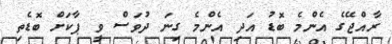
ރާއްޖޭގެ އެންމެ ބޮޑު އަދި އެންމެ ގިނަ ދުވަސް ވީ ޕާކަށް ބޮޑެތި